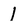
Character: 1